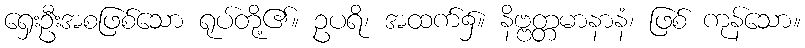
ရှေးဦးအစဖြစ်သော ရုပ်တို့၏။ ဥပရိ၊ အထက်၌။ နိဗ္ဗတ္တမာနာနံ၊ ဖြစ် ကုန်သော။